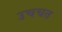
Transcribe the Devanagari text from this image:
उचचत